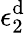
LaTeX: \epsilon_{2}^{\mathrm{d}}